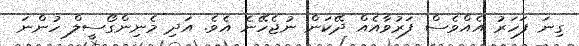
ގިނަ ފަހަރު އެއްވެސް ފަރުވާއެއް ދޭކަން ނުޖެހޭނެ އެވެ. އަދި މެނިންގޯސީލް ހުންނަ